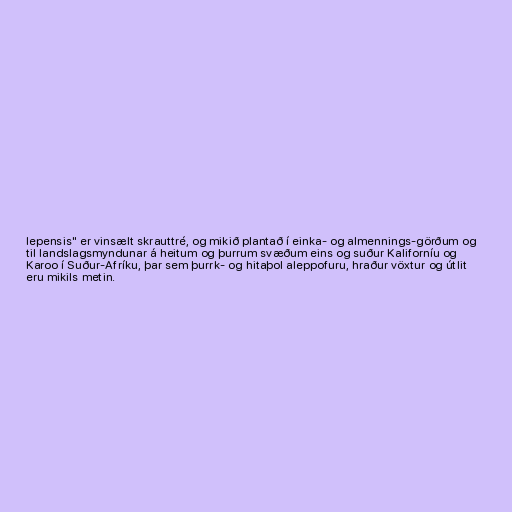
lepensis" er vinsælt skrauttré, og mikið plantað í einka- og almennings-görðum og
til landslagsmyndunar á heitum og þurrum svæðum eins og suður Kaliforníu og
Karoo í Suður-Afríku, þar sem þurrk- og hitaþol aleppofuru, hraður vöxtur og útlit
eru mikils metin.